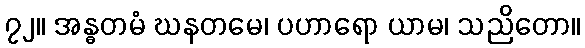
၇၂။ အန္ဓတမံ ဃနတမေ၊ ပဟာရော ယာမ၊ သညိတော။